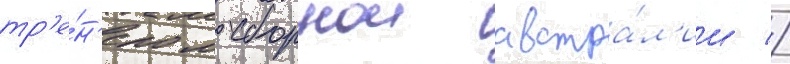
тр'е́н'ером сборнои австра́л'ии //